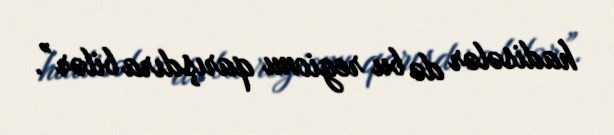
hadisələr də bu regionu qarışdıra bilər”.